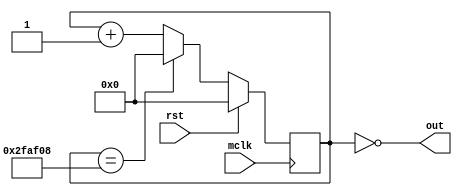
module Delay(rst, mclk, out);
input mclk;
input rst;
output out;

parameter FREQ_DELAY = 50_000_000/16;
parameter CNT_WDTH = 30; // 2^CNT_WDTH cycles is the maximum delay

reg [CNT_WDTH-1:0] timer,timerNext;
always@(posedge mclk) begin
	timer <= timerNext;
end
always@(*) begin
	if(rst) begin
		timerNext = 0;
	end else if(timer == FREQ_DELAY)begin
		timerNext = 0;
	end else begin
		timerNext = timer + 1;
	end
end
assign out = (timer==0);
endmodule